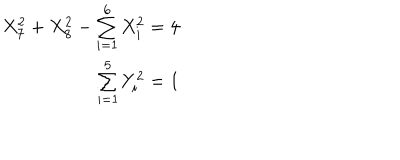
\begin{array} { r } { { X _ { 7 } ^ { 2 } + X _ { 8 } ^ { 2 } - \sum _ { i = 1 } ^ { 6 } X _ { i } ^ { 2 } = 4 } } \\ { { \sum _ { i = 1 } ^ { 5 } Y _ { i } ^ { 2 } = 1 } } \\ \end{array}